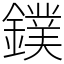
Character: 鏷